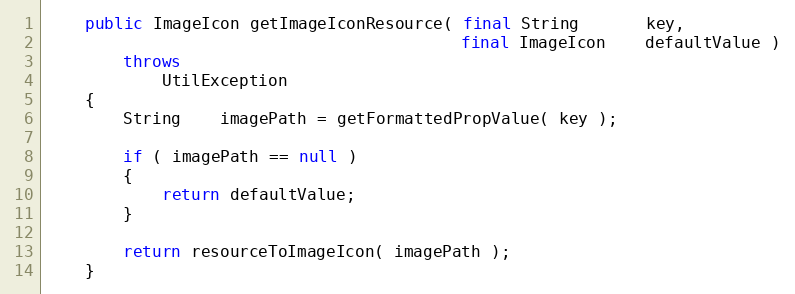
Language: Java
    public ImageIcon getImageIconResource( final String       key,
                                           final ImageIcon    defaultValue )
        throws
            UtilException
    {
        String    imagePath = getFormattedPropValue( key );

        if ( imagePath == null )
        {
            return defaultValue;
        }

        return resourceToImageIcon( imagePath );
    }